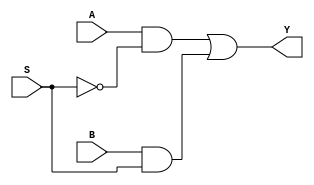
`timescale 1ns / 1ps
//////////////////////////////////////////////////////////////////////////////////
// Company: 
// Engineer: 
// 
// Design Name: 
// Module Name:    MUX21 
// Project Name: 
// Target Devices: 
// Tool versions: 
// Description: 
//
// Dependencies: 
//
// Revision: 
// Revision 0.01 - File Created
// Additional Comments: 
//
//////////////////////////////////////////////////////////////////////////////////
module MUX21(
    input A,
    input B,
    input S,
    output Y
    );
assign Y=A&(~S)|B&S;

endmodule